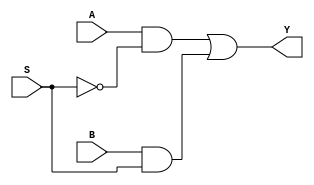
`timescale 1ns / 1ps
//////////////////////////////////////////////////////////////////////////////////
// Company: 
// Engineer: 
// 
// Design Name: 
// Module Name:    MUX21 
// Project Name: 
// Target Devices: 
// Tool versions: 
// Description: 
//
// Dependencies: 
//
// Revision: 
// Revision 0.01 - File Created
// Additional Comments: 
//
//////////////////////////////////////////////////////////////////////////////////
module MUX21(
    input A,
    input B,
    input S,
    output Y
    );
assign Y=A&(~S)|B&S;

endmodule